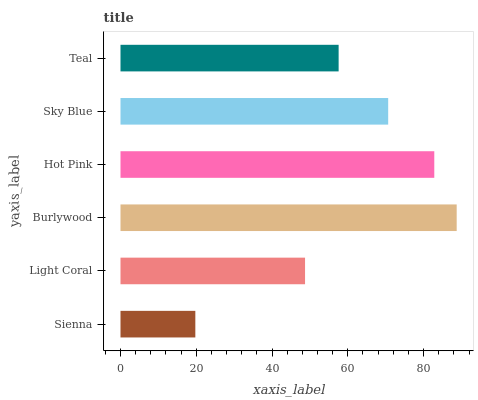
| yaxis_label | bars |
 | --- | --- |
 | Sienna | 19.8 |
 | Light Coral | 48.7 |
 | Burlywood | 88.7 |
 | Hot Pink | 82.8 |
 | Sky Blue | 70.7 |
 | Teal | 57.6 |